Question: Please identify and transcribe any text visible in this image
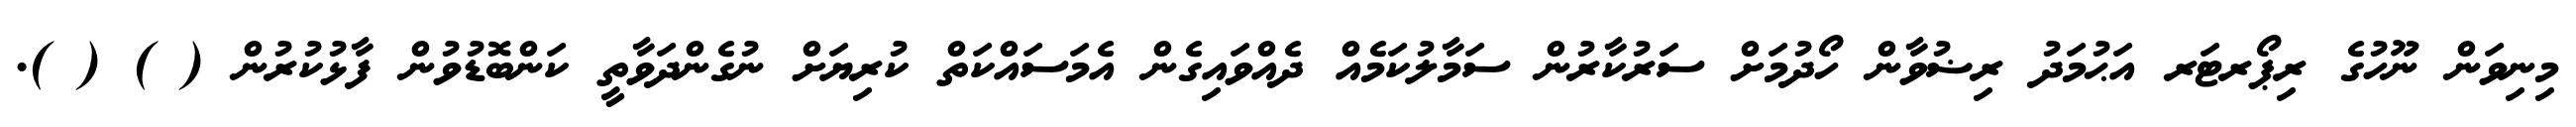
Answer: މިނިވަން ނޫހުގެ ރިޕޯރޓަރ އަޙުމަދު ރިޟުވާން ހޯދުމަށް ސަރުކާރުން ސަމާލުކަމެއް ދެއްވައިގެން އެމަސައްކަތް ކުރިޔަށް ނުގެންދަވާތީ ކަންބޮޑުވުން ފާޅުކުރުން ( ) ( ).